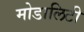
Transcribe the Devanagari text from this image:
मोडालिटी